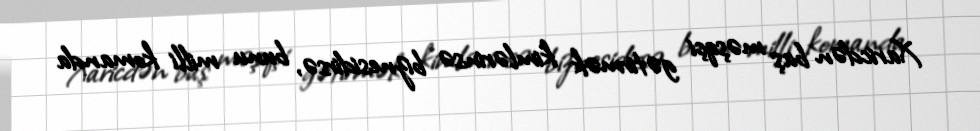
Xaricdən baş məşqçi gətirmək kimlərinsə biznesidirsə, bunu milli komanda